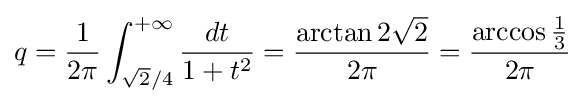
q={\dfrac {1}{2\pi }}\int _{{\sqrt {2}}/4}^{+\infty }{\frac {dt}{1+t^{2}}}={\dfrac {\arctan 2{\sqrt {2}}}{2\pi }}={\dfrac {\arccos {\frac {1}{3}}}{2\pi }}